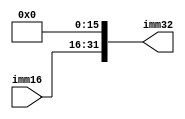
`timescale 1ns / 1ps
//////////////////////////////////////////////////////////////////////////////////
// Company: 
// Engineer: 
// 
// Design Name: 
// Module Name:    extzero 
// Project Name: 
// Target Devices: 
// Tool versions: 
// Description: 
//
// Dependencies: 
//
// Revision: 
// Revision 0.01 - File Created
// Additional Comments: 
//
//////////////////////////////////////////////////////////////////////////////////
module extzero(
    input [15:0] imm16,
    output [31:0] imm32
    );
	assign imm32 = {imm16, 16'b0000000000000000};

endmodule